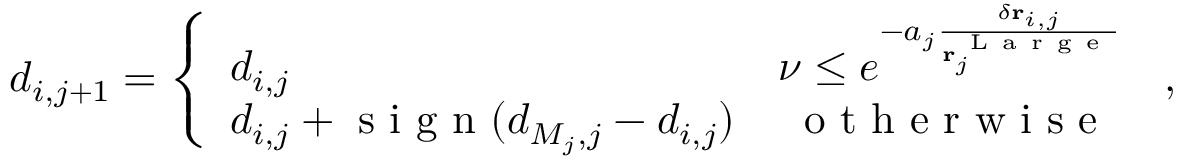
\begin{array} { r } { d _ { i , j + 1 } = \left\{ \begin{array} { l l } { d _ { i , j } } & { \nu \leq e ^ { - a _ { j } \frac { \delta \mathbf { r } _ { i , j } } { \mathbf { r } _ { j } ^ { \mathrm { ~ L ~ a ~ r ~ g ~ e ~ } } } } } \\ { d _ { i , j } + \mathrm { ~ s ~ i ~ g ~ n ~ } ( d _ { M _ { j } , j } - d _ { i , j } ) } & { \; \mathrm { ~ o ~ t ~ h ~ e ~ r ~ w ~ i ~ s ~ e ~ } } \end{array} \right. \, , } \end{array}